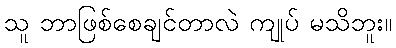
သူ ဘာဖြစ်စေချင်တာလဲ ကျုပ် မသိဘူး။